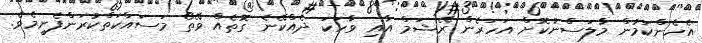
އެހެންކަމުން މާލަސްނުކޮށް އަހަރެން ރޭޝަމް އާއި ވާހަކަ ދެއްކޭނެ ގޮތެއް ވޭތޯ މަސައްކަތްކުރަންފެށީމެވެ.